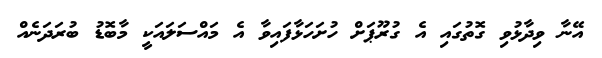
އޭނާ ވިދާޅުވި ގޮތުގައި އެ ގުރޫޕަށް ހުށަހަޅާފައިވާ އެ މައްސަލައަކީ މާބޮޑު ބުރަދަނެއް